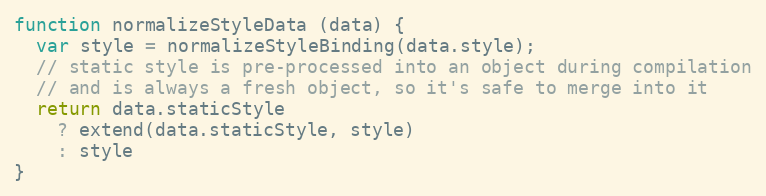
Language: JavaScript
function normalizeStyleData (data) {
  var style = normalizeStyleBinding(data.style);
  // static style is pre-processed into an object during compilation
  // and is always a fresh object, so it's safe to merge into it
  return data.staticStyle
    ? extend(data.staticStyle, style)
    : style
}